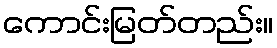
ကောင်းမြတ်တည်း။